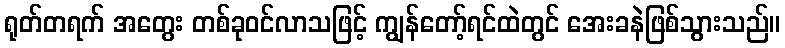
ရုတ်တရက် အတွေး တစ်ခုဝင်လာသဖြင့် ကျွန်တော့်ရင်ထဲတွင် အေးခနဲဖြစ်သွားသည်။